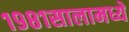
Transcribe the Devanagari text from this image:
१९८१सालामध्ये